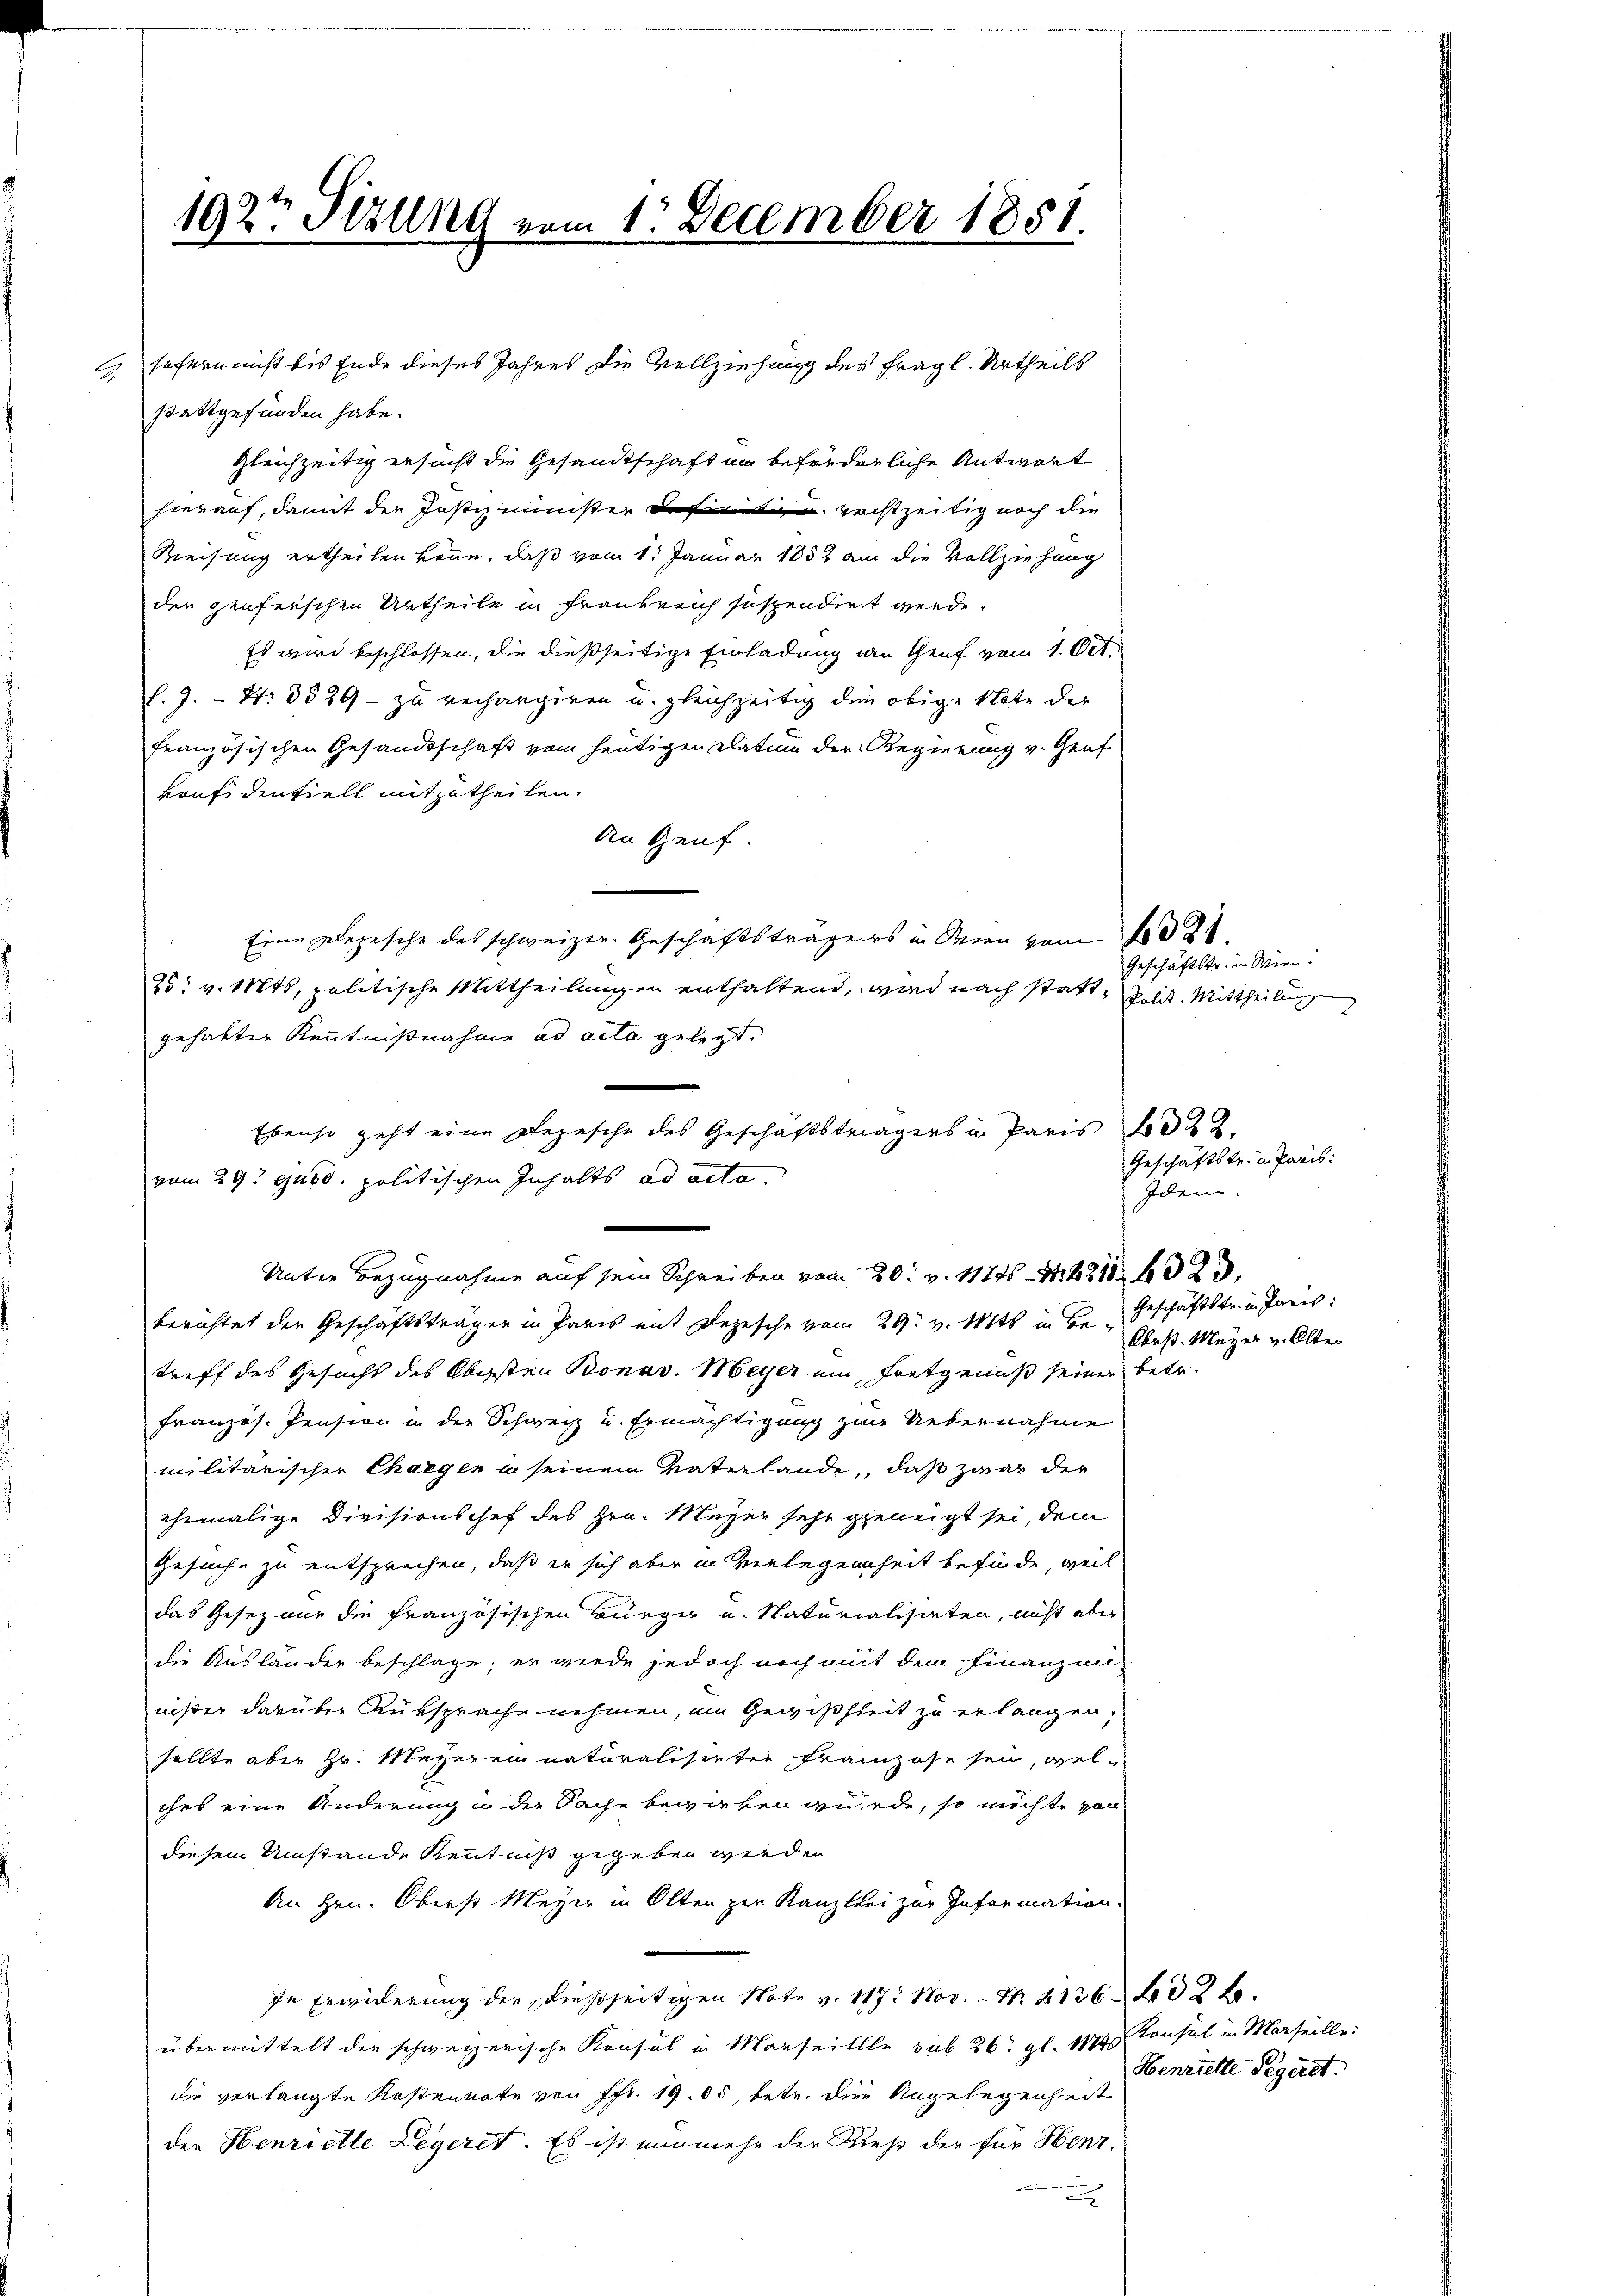
E

192t Sizung vom 1. December 1851.

stattgefunden habe.
gleichzeitig ersucht die Gesandtschaft in beförderliche Antwort
hierauf, damit der Jostizminister des mit rechtzeitig noch die
Weisung ertheilen könne, daß vom 1. Januar 1852 an die Vollziehung
der genferschen Urtheile in Frankreich suspendirt werde.
Es wird beschlossen, die dießseitige Einladung an Genf vom 1. Okt.
l.9.- Nr. 3529 - zu verhängigen u. gleichzeitig die obige Note der
französischen Gesandtschaft vom heutigen Datum der Regierung v. Graf
Konfidentiell mitzutheilen.
An Genf.
Eine Depesche des schweizer. Geschäftsträgers in Wien vom 21.
25: v. Mts, politische Mittheilungen enthaltend, wird nach statt-Polit. Mittheilungen
gehabter Kenntnißnahme ad acta gelegt.
vom 29t ejusd. politischen Inhalts ad acta.
berichtet der Geschäftsträgen in Paris mit Depesche vom 29. v. Mts. in Betreff des Gesuchs des Obersten Bonav. Meyer ein Fortgenuß seiner betr.
Französ. Pension in der Schweiz und Ermächtigung zur Uebernahme
militärischer Chargen u seinem Vaterhande, daß zwar der
ehemalige Divisionschef des Hrn. Meyer sehr geneigt sei, dem
Gesuche zu entsprechen, daß er sich aber in Verlegenheit befinde, weil
das Gesezene die französischen Bürge u. Naturialisieten, nicht aber
die Ausländer beschlage, er wurde jedoch noch mit dem Finanzen
nister darüber Rüksprache nehmen, im Gewißheit zu erlangen,
sollte aber Hr. Meyerein naturalisieter Franzose sein, welches eine Änderung in die Sache bewirken würde, so möchte von
diesem Umstände Kenntniß gegeben wirden
An gen. Oberst Meyer in Olten zur Kanzlei zur Information
In Erwiderung der dießseitigen Note v. 117. Nov. - N. 41362 f.
übermittelt der schweizerische Konsul in Marseillle sub 26. gl. 1884
die verlangte Kostennote von Fr. 1905, betr. die Angelegenheit
der Henriette Legeret. Es ist nunmehr der Kies der für Henz-
x

sofern nicht bis Ende dieses Jahres die Vollziehung des fragl. Urtheils

u
Ebenso geht eine Depesche des Geschäftsträgers in Paris No 22.
e
Unter Bezugnahme auf sein Schreiben vom 20. v. 11721602.

Geschäftstr. in Wien.

Geschäftstr. in Paris:
Idem.

Geschäftstr. u. Janis:
Cbrst. Meyer v. Alter

Konsul in Marseille.
Henrielle Pegeret.